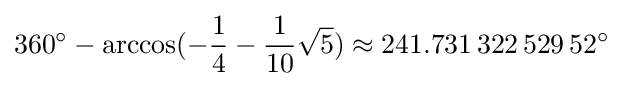
360^{\circ }-\arccos(-{\frac {1}{4}}-{\frac {1}{10}}{\sqrt {5}})\approx 241.731\,322\,529\,52^{\circ }